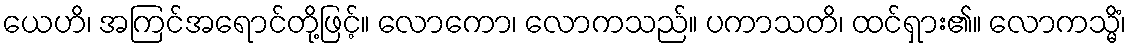
ယေဟိ၊ အကြင်အရောင်တို့ဖြင့်။ လောကော၊ လောကသည်။ ပကာသတိ၊ ထင်ရှား၏။ လောကသ္မိံ၊